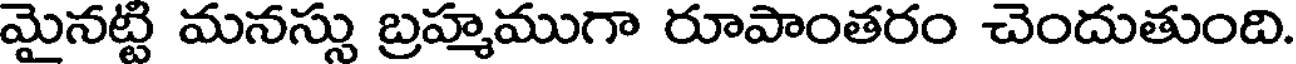
మైనట్టి మనస్సు బ్రహ్మముగా రూపాంతరం చెందుతుంది.